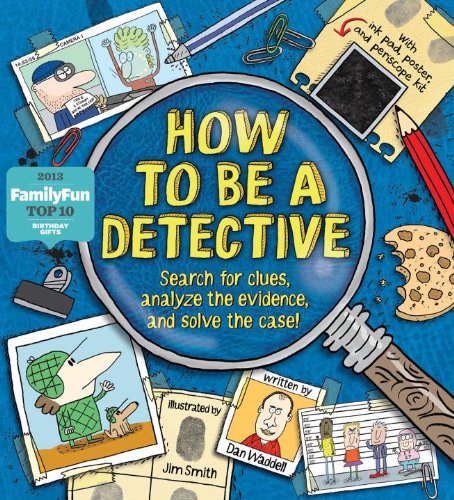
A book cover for How To Be a Detective; Dan Waddell; Children's Books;